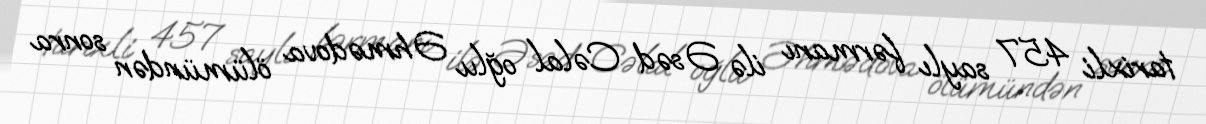
tarixli 457 saylı fərmanı ilə Əsəd Cəlal oğlu Əhmədova ölümündən sonra